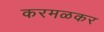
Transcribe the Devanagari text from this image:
करमळकर